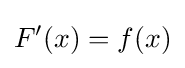
F'(x)=f(x)